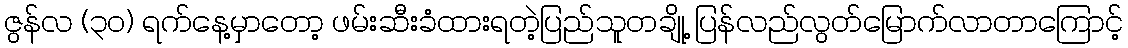
ဇွန်လ (၃၀) ရက်နေ့မှာတော့ ဖမ်းဆီးခံထားရတဲ့ပြည်သူတချို့ ပြန်လည်လွတ်မြောက်လာတာကြောင့်